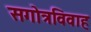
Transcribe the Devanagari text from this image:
सगोत्रविवाह